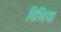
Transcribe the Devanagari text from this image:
विथिया